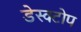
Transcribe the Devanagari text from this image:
डेस्क्टोप